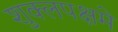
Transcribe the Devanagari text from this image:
शुक्लपक्षमे